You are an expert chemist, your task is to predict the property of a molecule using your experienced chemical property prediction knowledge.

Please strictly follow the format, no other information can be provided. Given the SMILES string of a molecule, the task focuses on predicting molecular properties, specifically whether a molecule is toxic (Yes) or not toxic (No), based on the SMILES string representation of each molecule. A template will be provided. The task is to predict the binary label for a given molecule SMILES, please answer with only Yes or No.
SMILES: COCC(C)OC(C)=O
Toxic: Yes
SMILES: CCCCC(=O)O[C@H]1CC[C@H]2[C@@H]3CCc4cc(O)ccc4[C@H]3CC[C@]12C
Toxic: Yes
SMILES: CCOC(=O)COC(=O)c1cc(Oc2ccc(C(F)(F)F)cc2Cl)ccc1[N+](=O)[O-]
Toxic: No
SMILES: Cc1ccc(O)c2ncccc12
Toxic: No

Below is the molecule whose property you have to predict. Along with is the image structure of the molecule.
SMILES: C[S+](C)CCC(N)C(=O)O
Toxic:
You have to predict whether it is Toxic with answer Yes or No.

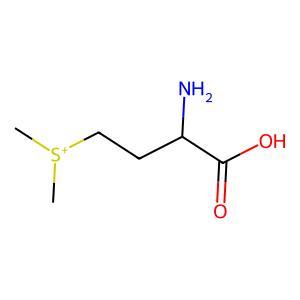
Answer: No